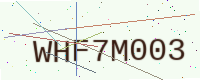
Text: WHF7M003